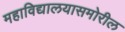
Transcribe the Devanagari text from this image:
महाविद्यालयासमोरील